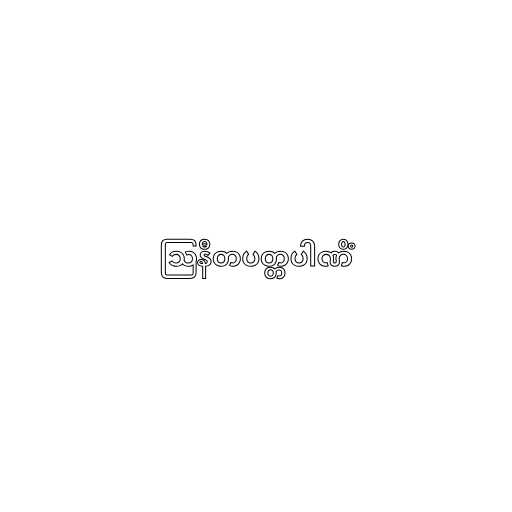
ဩနီတပတ္တပါဏိံ